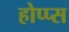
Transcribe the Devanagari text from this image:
होप्प्स